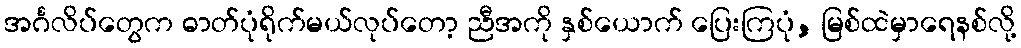
အင်္ဂလိပ်တွေက ဓာတ်ပုံရိုက်မယ်လုပ်တော့ ညီအကို နှစ်ယောက် ပြေးကြပုံ, မြစ်ထဲမှာရေနစ်လို့